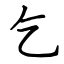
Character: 乞